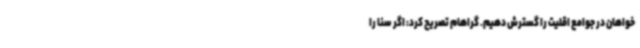
خواهان در جوامع اقلیت را گسترش دهیم. گراهام تصریح کرد: اگر سنا را